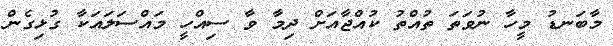
މާބަނޑު މީހާ ނުވަތަ ތުއްތު ކުއްޖާއަށް ދިމާ ވާ ސިއްހީ މައްސަލައަކާ ގުޅިގެން